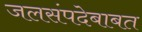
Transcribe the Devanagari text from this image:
जलसंपदेबाबत